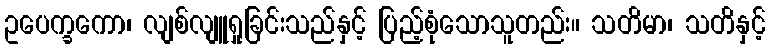
ဥပေက္ခကော၊ လျစ်လျူရှုခြင်းသည်နှင့် ပြည့်စုံသောသူတည်း။ သတိမာ၊ သတိနှင့်